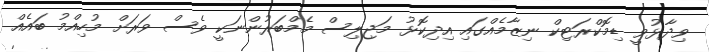
ވިދާޅުވީ ޑިމޮކްރަޓިކް ނިޒާމެއްގައި އިދިކޮޅު މަޖިލިސް މެމްބަރުންނަކީ ވެސް ވަރަށް މުހިއްމު ބައެއް